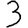
Digit: 3